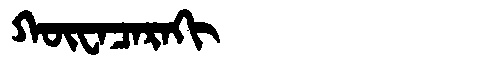
Manchu: ᡴᡡᠸᠠᠴᠠᡵᠠᡴᡳ
Romanization: KŪWACARAKI